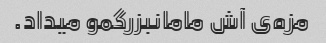
مزه‌ی آش مامانبزرگمو میداد.